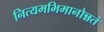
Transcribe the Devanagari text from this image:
नित्यमभिमानोन्नतं